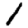
Digit: 1